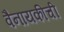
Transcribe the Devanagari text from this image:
वैनायकीची